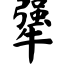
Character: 犟